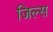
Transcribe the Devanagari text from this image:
जिल्स